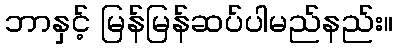
ဘာနှင့် မြန်မြန်ဆပ်ပါမည်နည်း။